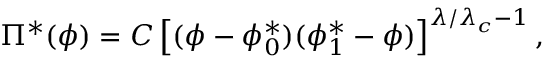
\Pi ^ { * } ( \phi ) = { \cal C } \left[ ( \phi - \phi _ { 0 } ^ { * } ) ( \phi _ { 1 } ^ { * } - \phi ) \right] ^ { \lambda / \lambda _ { c } - 1 } ,